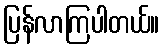
ပြန်လာကြပါတယ်။